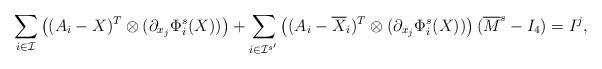
LaTeX: \begin{align*}\sum_{i\in\mathcal{I}}\left( (A_i-X)^T \otimes( \partial_{x_j}\Phi^{s}_i(X)) \right) + \sum_{i\in\mathcal{I}^{s'}} \left( (A_i-\overline{X}_i)^T\otimes( \partial_{x_j}\Phi^{s}_i(X)) \right) (\overline{M}^s -I_4) = I^j,\end{align*}